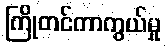
ကြိုတင်ကာကွယ်မှု